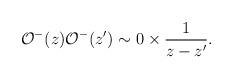
LaTeX: \begin{align*}{\cal O}^-(z){\cal O}^-(z') \sim 0\times \frac{1}{z-z'}.\end{align*}